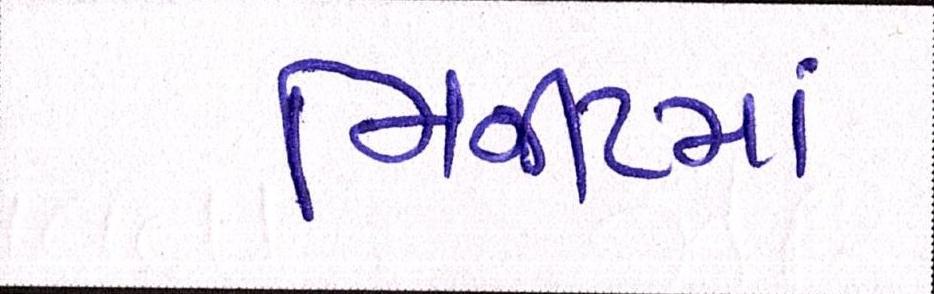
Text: મિનીટમાં